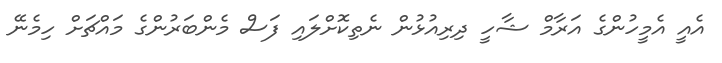
އެއީ އެމީހުންގެ އަރާމް ޝާހީ ދިރިއުޅުން ނެތިކޮށްލައި ފަސް މެންބަރުންގެ މައްޗަށް ހިމެނޭ